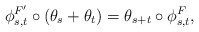
\begin{align*}\phi^{F'}_{s,t} \circ (\theta_s + \theta_t) = \theta_{s+t} \circ \phi^F_{s,t},\end{align*}